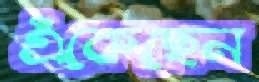
এঁকেছেন